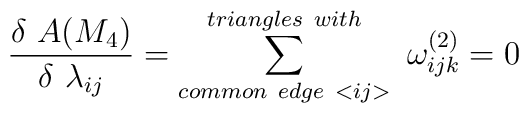
\frac{\delta~A(M_{4})}{\delta~\lambda_{ij}} = \sum^{triangles~with}_{common~edge~<ij>}~\omega^{(2)}_{ijk}=0